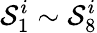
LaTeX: \mathcal{S}_{1}^{i}\sim\mathcal{S}_{8}^{i}